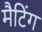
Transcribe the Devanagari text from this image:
मैटिंग